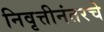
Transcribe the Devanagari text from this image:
निवृत्तीनंतरचे